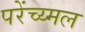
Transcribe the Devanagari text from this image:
परेंच्य्मल